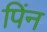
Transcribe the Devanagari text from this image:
पिंन